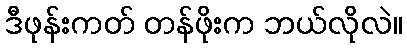
ဒီဖုန်းကတ် တန်ဖိုးက ဘယ်လိုလဲ။